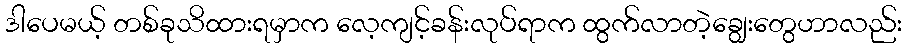
ဒါပေမယ့် တစ်ခုသိထားရမှာက လေ့ကျင့်ခန်းလုပ်ရာက ထွက်လာတဲ့ချွေးတွေဟာလည်း